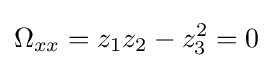
\Omega _{xx}=z_{1}z_{2}-z_{3}^{2}=0